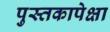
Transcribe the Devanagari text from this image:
पुस्तकापेक्षा